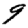
Digit: 9